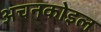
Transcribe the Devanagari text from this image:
अचनकोइल